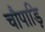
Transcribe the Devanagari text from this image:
चौपाड़ि